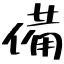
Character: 備